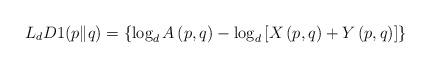
LaTeX: \begin{align*}L_{d}D1(p\|q)=\left\lbrace \log_{d} A\left(p,q\right)-\log_{d} \left[ X\left(p,q\right)+ Y\left(p,q\right)\right] \right\rbrace \end{align*}